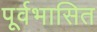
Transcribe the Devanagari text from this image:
पूर्वभासित